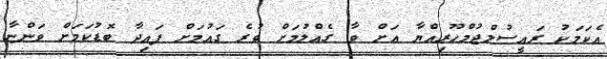
އެކަމަކު ރައީސުލްޖުމްހޫރިއްޔާ އަށް ވާ ގެއްލުމަށް ވުރެ ގައުމަށް ފައިދާ ބޮޑުކަމަށް ވަންޏާ